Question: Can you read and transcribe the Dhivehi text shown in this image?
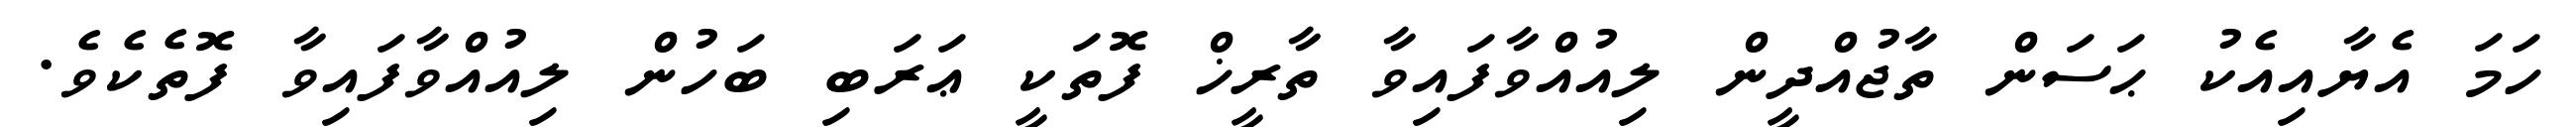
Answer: ހަމަ އެޔާއިއެކު ޙަސަން ތާޖުއްދީން ލިއުއްވާފައިވާ ތާރީޚް ފޮތަކީ ޢަރަބި ބަހުން ލިއުއްވާފައިވާ ފޮތެކެވެ.